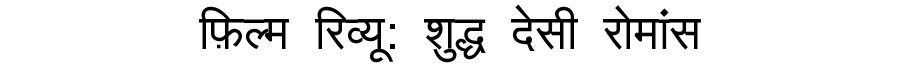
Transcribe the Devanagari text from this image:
फ़िल्म रिव्यू: शुद्ध देसी रोमांस